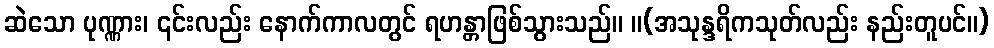
ဆဲသော ပုဏ္ဏား၊ ၎င်းလည်း နောက်ကာလတွင် ရဟန္တာဖြစ်သွားသည်။ ။(အသုန္ဒရိကသုတ်လည်း နည်းတူပင်။)